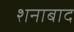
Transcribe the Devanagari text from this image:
शनाबाद